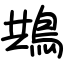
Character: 䳍